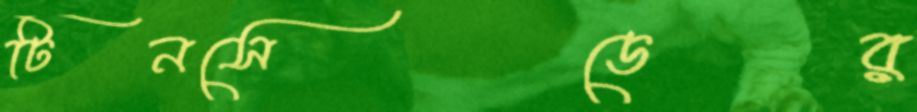
টিনসেডের